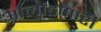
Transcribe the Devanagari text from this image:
ओलांडणारी